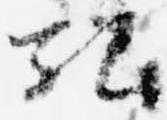
弘